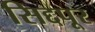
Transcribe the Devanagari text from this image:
सिद्दपूर